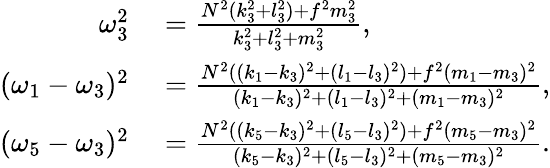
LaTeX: \begin{array}{rl}{\omega_{3}^{2}}&{{}=\frac{N^{2}(k_{3}^{2}+l_{3}^{2})+f^{2}m_{3}^{2}}{k_{3}^{2}+l_{3}^{2}+m_{3}^{2}},}\\ {(\omega_{1}-\omega_{3})^{2}}&{{}=\frac{N^{2}((k_{1}-k_{3})^{2}+(l_{1}-l_{3})^{2})+f^{2}(m_{1}-m_{3})^{2}}{(k_{1}-k_{3})^{2}+(l_{1}-l_{3})^{2}+(m_{1}-m_{3})^{2}},}\\ {(\omega_{5}-\omega_{3})^{2}}&{{}=\frac{N^{2}((k_{5}-k_{3})^{2}+(l_{5}-l_{3})^{2})+f^{2}(m_{5}-m_{3})^{2}}{(k_{5}-k_{3})^{2}+(l_{5}-l_{3})^{2}+(m_{5}-m_{3})^{2}}.}\end{array}